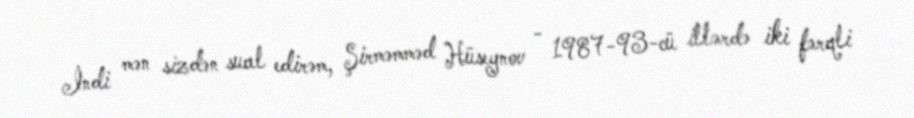
İndi mən sizdən sual edirəm, Şirməmməd Hüseynov - 1987-93-cü illərdə iki fərqli